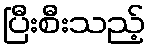
ပြီးစီးသည့်